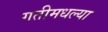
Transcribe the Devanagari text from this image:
गतीमधल्या